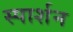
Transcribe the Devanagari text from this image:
स्पार्शन